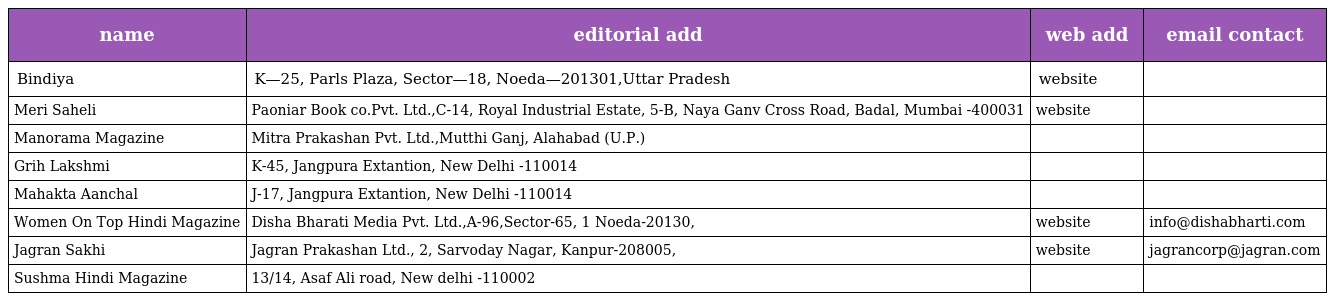
| name | editorial add | web add | email contact |
 | --- | --- | --- | --- |
 | Bindiya | K—25, Parls Plaza, Sector—18, Noeda—201301,Uttar Pradesh | website |  |
 | Meri Saheli | Paoniar Book co.Pvt. Ltd.,C-14, Royal Industrial Estate, 5-B, Naya Ganv Cross Road, Badal, Mumbai -400031 | website |  |
 | Manorama Magazine | Mitra Prakashan Pvt. Ltd.,Mutthi Ganj, Alahabad (U.P.) |  |  |
 | Grih Lakshmi | K-45, Jangpura Extantion, New Delhi -110014 |  |  |
 | Mahakta Aanchal | J-17, Jangpura Extantion, New Delhi -110014 |  |  |
 | Women On Top Hindi Magazine | Disha Bharati Media Pvt. Ltd.,A-96,Sector-65, 1 Noeda-20130, | website | info@dishabharti.com |
 | Jagran Sakhi | Jagran Prakashan Ltd., 2, Sarvoday Nagar, Kanpur-208005, | website | jagrancorp@jagran.com |
 | Sushma Hindi Magazine | 13/14, Asaf Ali road, New delhi -110002 |  |  |